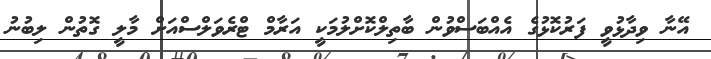
އޭނާ ވިދާޅުވީ ފަރުކޮޅުގެ އެއްބަސްވުން ބާތިލްކޮށްލުމަކީ އަރާމް ޓްރެވަލްސްއަށް މާލީ ގޮތުން ލިބުނު